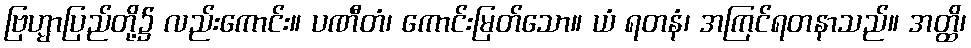
ဗြဟ္မာပြည်တို့၌ လည်းကောင်း။ ပဏီတံ၊ ကောင်းမြတ်သော။ ယံ ရတနံ၊ အကြင်ရတနာသည်။ အတ္ထိ၊